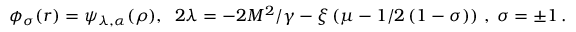
\phi _ { \sigma } ( r ) = \psi _ { \lambda , \alpha } ( \rho ) , \; \; 2 \lambda = - 2 M ^ { 2 } / \gamma - \xi \left( \mu - 1 / 2 \left( 1 - \sigma \right) \right) \, , \; \sigma = \pm 1 \, .